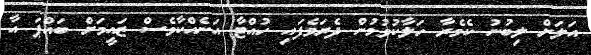
އަލަށް ލިބުނު ކެމެރާ ހަލާކުވުމުން ދެރަވެފައި ހުއްޓާ އަނެއްކާވެސް ޒައީމަށް ބައްޕަ އާ